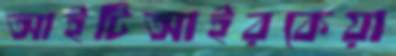
আইটিআইরকেয়া